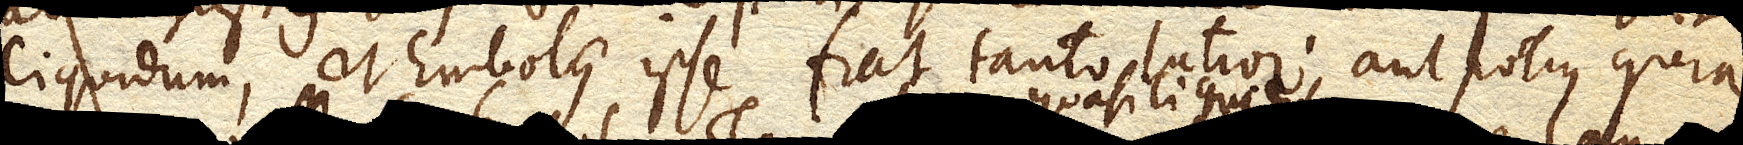
liquidum, et Embolus ipse fiat tanto latior, aut potius quia